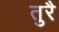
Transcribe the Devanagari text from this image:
तुरै